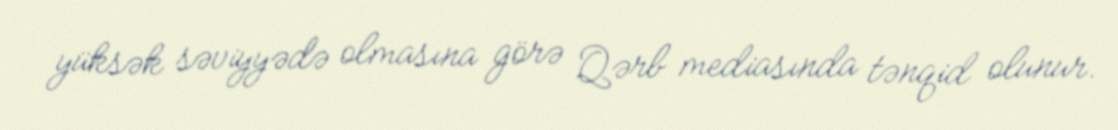
yüksək səviyyədə olmasına görə Qərb mediasında tənqid olunur.